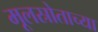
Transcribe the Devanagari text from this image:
मूलस्रोताच्या